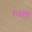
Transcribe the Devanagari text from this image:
९०६६पर